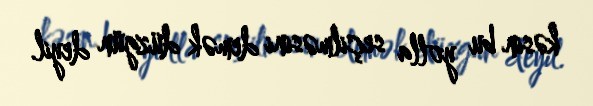
kəsin bu yolla seçilməsini demək düzgün deyil.